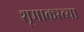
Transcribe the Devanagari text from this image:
शूमाकरच्या